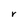
Character: r